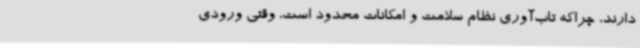
دارند، چراکه تاب‌آوری نظام سلامت و امکانات محدود است، وقتی ورودی